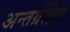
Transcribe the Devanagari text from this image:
अन्तर्ग्रहित